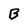
Character: B